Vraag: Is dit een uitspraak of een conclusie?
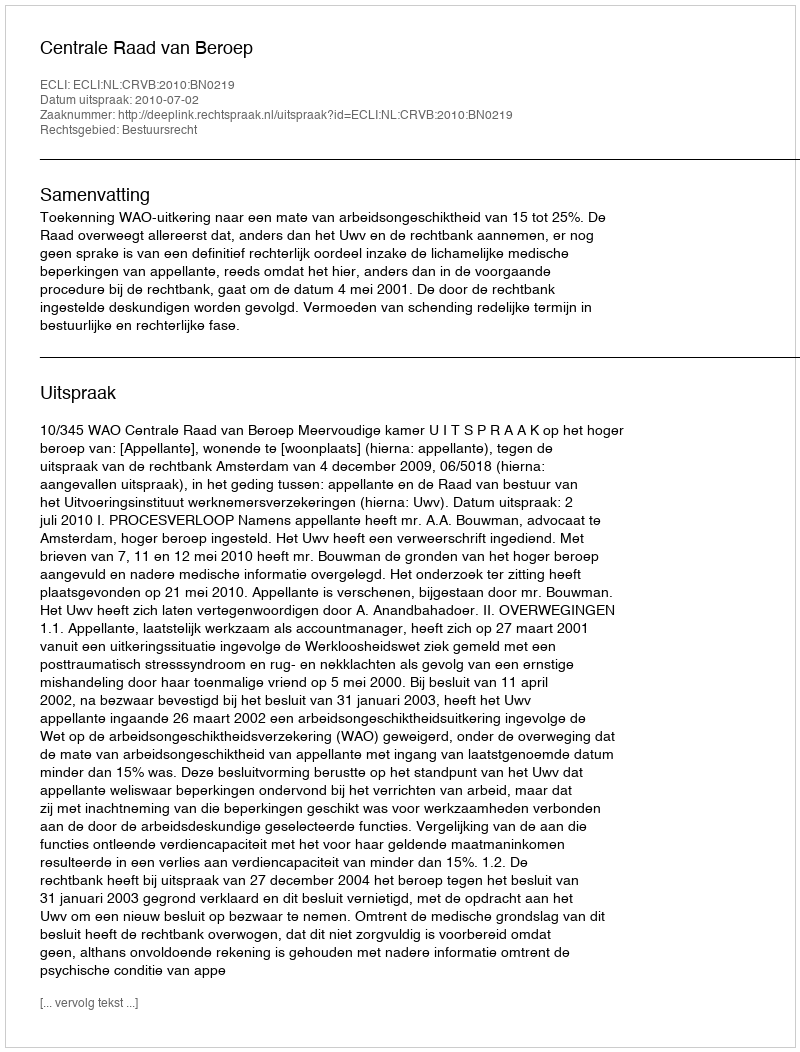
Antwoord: Uitspraak